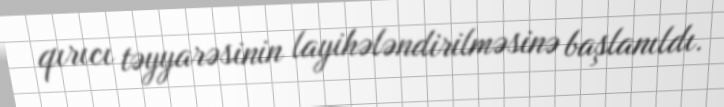
qırıcı təyyarəsinin layihələndirilməsinə başlanıldı.